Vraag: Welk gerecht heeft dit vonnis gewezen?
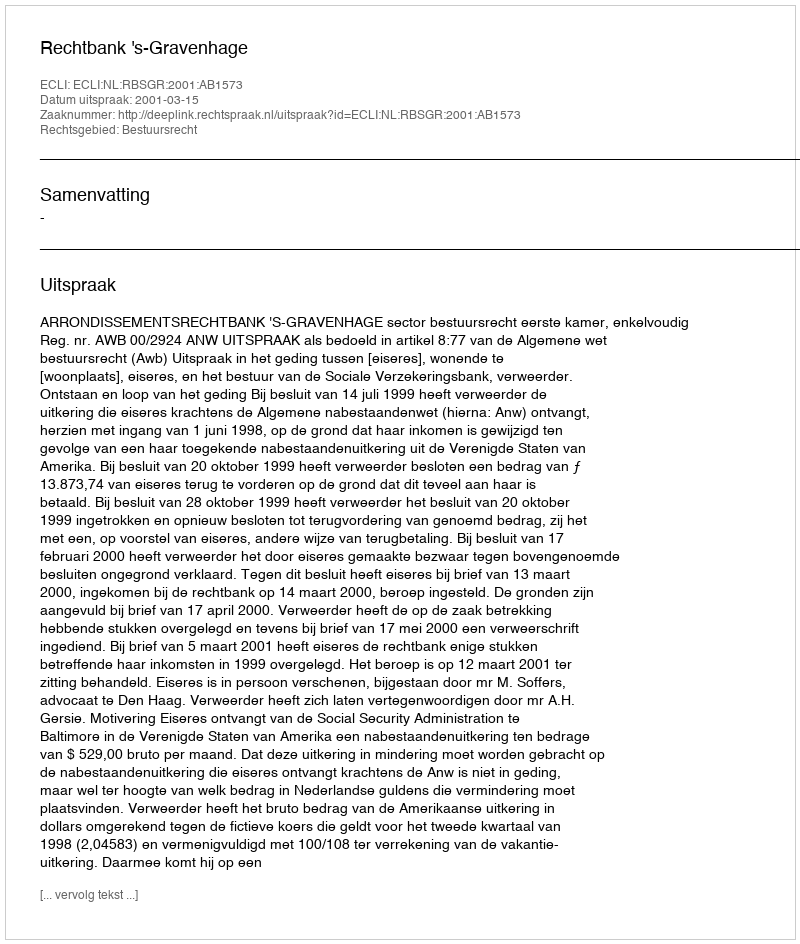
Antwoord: Rechtbank 's-Gravenhage